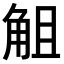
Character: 𧣞